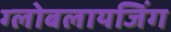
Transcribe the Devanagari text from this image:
ग्लोबलायजिंग